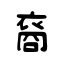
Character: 裔